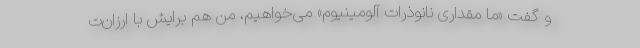
و گفت «ما مقداری نانوذرات آلومینیوم» می‌خواهیم، من هم برایش با ارزان‌ت